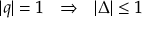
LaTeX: | q | = 1 \ \ \Rightarrow \ \ | \Delta | \leq 1